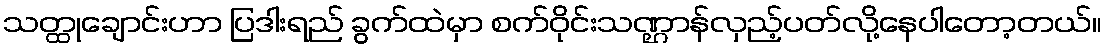
သတ္ထုချောင်းဟာ ပြဒါးရည် ခွက်ထဲမှာ စက်ဝိုင်းသဏ္ဌာန်လှည့်ပတ်လို့နေပါတော့တယ်။